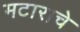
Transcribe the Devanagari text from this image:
मटाराचे